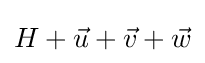
H+{\vec {u}}+{\vec {v}}+{\vec {w}}